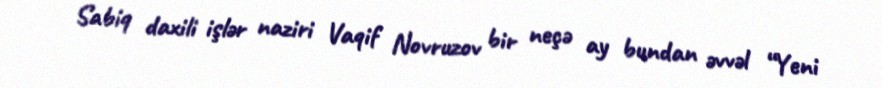
Sabiq daxili işlər naziri Vaqif Novruzov bir neçə ay bundan əvvəl “Yeni